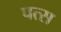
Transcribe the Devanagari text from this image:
पत्स